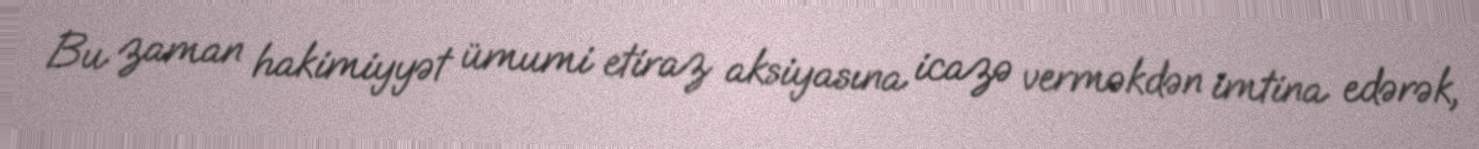
Bu zaman hakimiyyət ümumi etiraz aksiyasına icazə verməkdən imtina edərək,